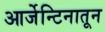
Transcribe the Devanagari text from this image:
आर्जेन्टिनातून